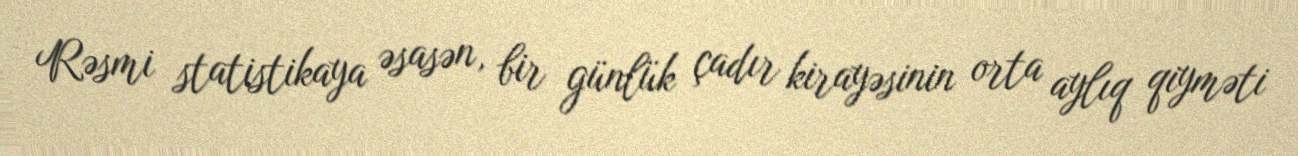
Rəsmi statistikaya əsasən, bir günlük çadır kirayəsinin orta aylıq qiyməti